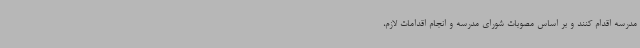
مدرسه اقدام کنند و بر اساس مصوبات شورای مدرسه و انجام اقدامات لازم،